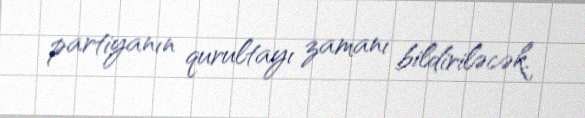
partiyanın qurultayı zamanı bildiriləcək.